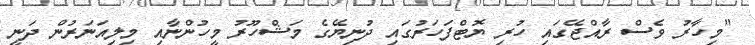
"މިހާރު ވެސް ރާއްޖޭގައި ހުރި ޔޮޓްފަހަރުގައި ދުނިޔޭގެ މަޝްހޫރު މީހުންނާއި މިލިއަނަރުން ދަނީ